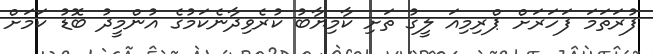
ފުރަތަމަ ފަހަރަށް ޕްރިމިއަ ލީގު ތަށި ކާމިޔާބު ކުރެވިދާނެކަމުގެ އުންމީދު ބޮޑު ކަމަށް